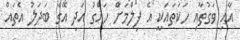
އާއި ވަގުތާއި ހަކަތައަކީ އެ ފިލްމަށް ހައްގު އަދި އޭގެ ބަދަލު އެތައް